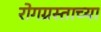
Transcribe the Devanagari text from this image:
रोगग्रस्ताच्या